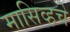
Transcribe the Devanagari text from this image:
मासिव्हचे